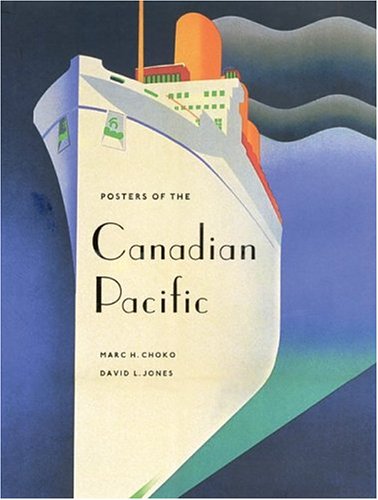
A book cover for Posters of the Canadian Pacific; Marc Choko; Crafts, Hobbies & Home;